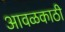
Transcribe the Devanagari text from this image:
आवळकाठी